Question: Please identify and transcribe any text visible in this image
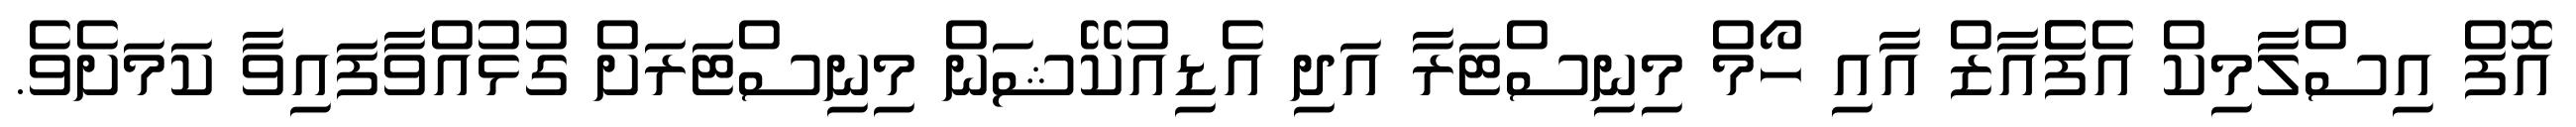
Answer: އޮފް އިސްލާމިކް އެފެެއާޒް އާއި ހޯމް މިނިސްޓަރާ އަދި އެޑިއުކޭޝަން މިނިސްޓަރަށް ގުޅުއްވާފައިވާ ކަމަށެވެ.